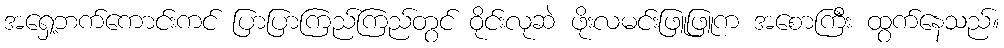
အရှေ့ဘက်ကောင်းကင် ပြာပြာကြည်ကြည်တွင် ဝိုင်းလုဆဲ ဖိုးလမင်းဖြူဖြူက အစောကြီး ထွက်နေသည်။